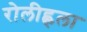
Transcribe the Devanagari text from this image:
रोलीह्लला